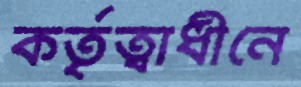
কর্তৃত্বাধীনে